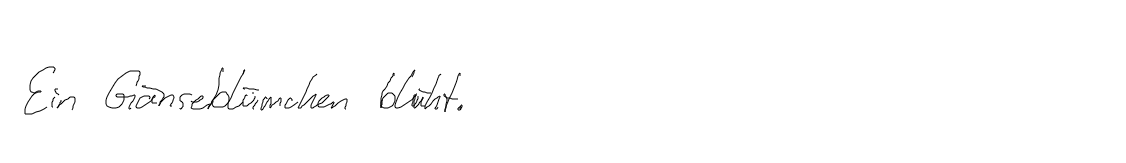
Ein Gänseblümchen blüht.